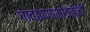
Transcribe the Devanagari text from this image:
गावठाणाभोवतीची